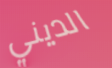
الديني